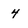
Character: 4